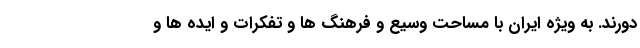
دورند. به ویژه ایران با مساحت وسیع و فرهنگ ها و تفکرات و ایده ها و